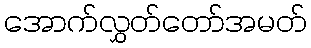
အောက်လွှတ်တော်အမတ်